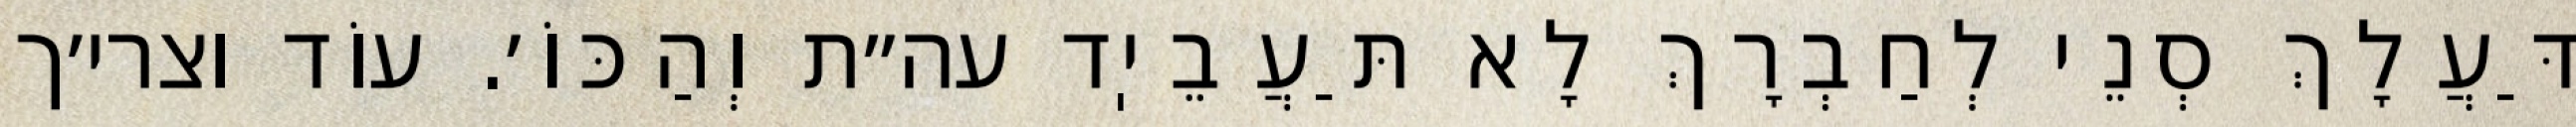
דַּעֲלָךְ סְנֵי לְחַבְרָךְ לָא תַּעֲבֵיֽד עה״ת וְהַכּוֹ׳. עוֹד וצרי׳ך